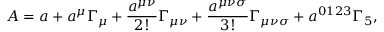
A = a + a ^ { \mu } \Gamma _ { \mu } + \frac { a ^ { \mu \nu } } { 2 ! } \Gamma _ { \mu \nu } + \frac { a ^ { \mu \nu \sigma } } { 3 ! } \Gamma _ { \mu \nu \sigma } + a ^ { 0 1 2 3 } \Gamma _ { 5 } ,